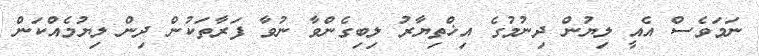
ނަމަވެސް އެއީ ލިޔުން ދިނުމުގެ އިޚްތިޔާރު ލިބިގެންވާ ނުވާ ފަރާތަކުން ދިން ލިޔުމެއްކަން